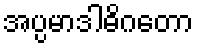
အပ္ပမာဒါဓိဂတော